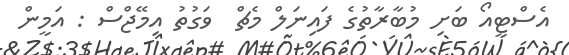
އެސްޓީއޯ ބަށި މުބާރާތުގެ ފައިނަލް މެޗް  ވަގުތު އިމޭޖްސް : އަމީން